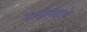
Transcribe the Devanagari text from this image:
मातीमंदाचे